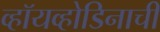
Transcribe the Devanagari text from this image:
व्हॉयव्होडिनाची